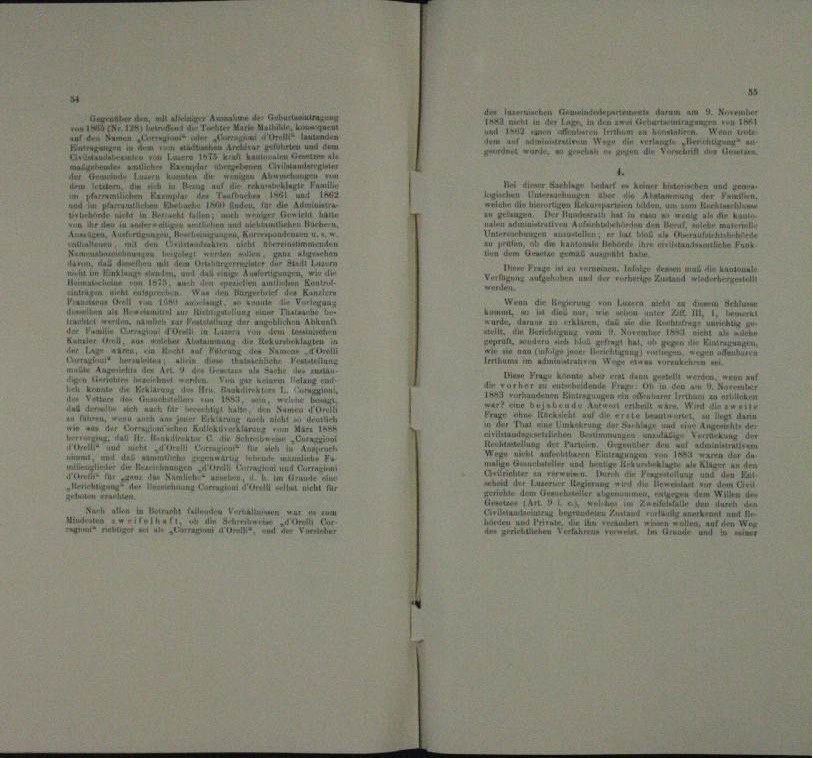
a

i in de
n

e

unter einen
t
e
tae eine

e
mlichen
u
Andel für d
e
u
.
nten
¬

e

n das Ausfertigung
.
a

dauern einen einen

a

n

e
¬
.
n

un
e
Den
e

mante einen

n
.
e
seine

n
n
e

.

Bann allen
e
 Ver

u

e

und

ben
dam am 9.
e
u
a
n
n
din und

n
i

.
.
a bilden, um dem

n
.

enten
een der einer einen
Ale Kantonale
a
B unter
 Sch

d
u

,
A
.
u

n
..............
 dann war
Ien Prag kann a

ds an
n

wiegen

  1 de

n
.
e
e
t

u

et

e
dem von de
e
n
m
n
n
mund un
u